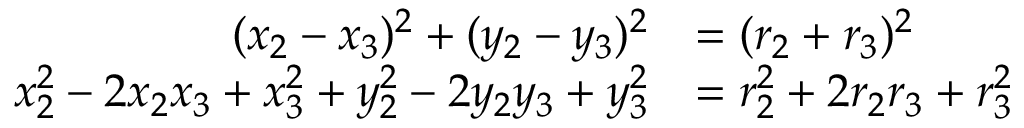
\begin{array} { r l } { ( x _ { 2 } - x _ { 3 } ) ^ { 2 } + ( y _ { 2 } - y _ { 3 } ) ^ { 2 } } & { = ( r _ { 2 } + r _ { 3 } ) ^ { 2 } } \\ { x _ { 2 } ^ { 2 } - 2 x _ { 2 } x _ { 3 } + x _ { 3 } ^ { 2 } + y _ { 2 } ^ { 2 } - 2 y _ { 2 } y _ { 3 } + y _ { 3 } ^ { 2 } } & { = r _ { 2 } ^ { 2 } + 2 r _ { 2 } r _ { 3 } + r _ { 3 } ^ { 2 } } \end{array}